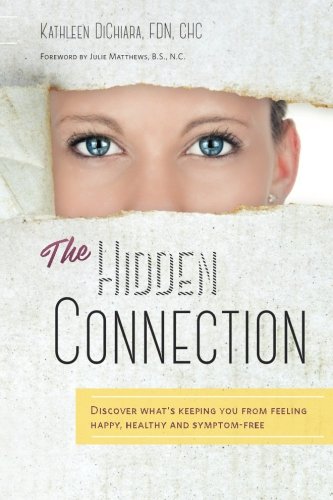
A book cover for The Hidden Connection: Discover What's Keeping You From Feeling Happy, Healthy and Symptom-Free (B/W Version); Kathleen DiChiara FDN; Health, Fitness & Dieting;